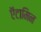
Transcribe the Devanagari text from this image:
ऍटामिन